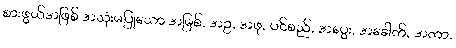
စားဖွယ်အဖြစ် အသုံးမပြုသော အမြစ်, အဥ, အဖု, ပင်စည်, အပွေး, အခေါက်, အကာ,